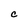
Character: C